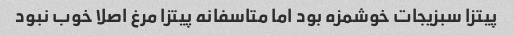
پیتزا سبزیجات خوشمزه بود اما متاسفانه پیتزا مرغ اصلا خوب نبود